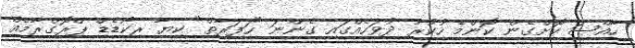
ހާއްޞަ ކޮށްގެން ކޮންމެ ހުކުރު ދުވަހެއްގައި ގެންނަ "ހަފަރާތް" ކިޔާ ރިކޯޑެޑް ޕްރޮގްރާމެއް